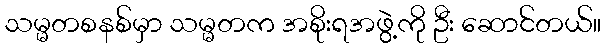
သမ္မတစနစ်မှာ သမ္မတက အစိုးရအဖွဲ့ကို ဦး ဆောင်တယ်။